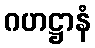
ဂဟဋ္ဌာနံ